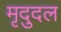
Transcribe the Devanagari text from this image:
मृदुदल